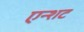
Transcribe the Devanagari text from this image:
एन्शट